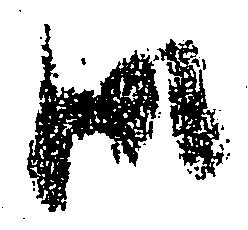
御